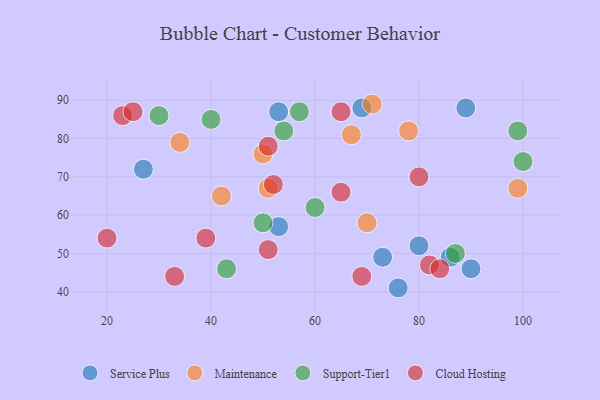
{"axis": {"x": "GDP", "y": "Life Expectancy"}, "legend": ["Cloud Hosting", "Maintenance", "Service Plus", "Support-Tier1"], "data": [{"x": "80", "y": 52, "type": "Service Plus"}, {"x": "90", "y": 46, "type": "Service Plus"}, {"x": "76", "y": 41, "type": "Service Plus"}, {"x": "53", "y": 57, "type": "Service Plus"}, {"x": "86", "y": 49, "type": "Service Plus"}, {"x": "27", "y": 72, "type": "Service Plus"}, {"x": "69", "y": 88, "type": "Service Plus"}, {"x": "53", "y": 87, "type": "Service Plus"}, {"x": "73", "y": 49, "type": "Service Plus"}, {"x": "89", "y": 88, "type": "Service Plus"}, {"x": "34", "y": 79, "type": "Maintenance"}, {"x": "99", "y": 67, "type": "Maintenance"}, {"x": "71", "y": 89, "type": "Maintenance"}, {"x": "67", "y": 81, "type": "Maintenance"}, {"x": "51", "y": 67, "type": "Maintenance"}, {"x": "42", "y": 65, "type": "Maintenance"}, {"x": "70", "y": 58, "type": "Maintenance"}, {"x": "78", "y": 82, "type": "Maintenance"}, {"x": "50", "y": 76, "type": "Maintenance"}, {"x": "100", "y": 74, "type": "Support-Tier1"}, {"x": "40", "y": 85, "type": "Support-Tier1"}, {"x": "87", "y": 50, "type": "Support-Tier1"}, {"x": "99", "y": 82, "type": "Support-Tier1"}, {"x": "50", "y": 58, "type": "Support-Tier1"}, {"x": "43", "y": 46, "type": "Support-Tier1"}, {"x": "60", "y": 62, "type": "Support-Tier1"}, {"x": "30", "y": 86, "type": "Support-Tier1"}, {"x": "54", "y": 82, "type": "Support-Tier1"}, {"x": "57", "y": 87, "type": "Support-Tier1"}, {"x": "20", "y": 54, "type": "Cloud Hosting"}, {"x": "65", "y": 66, "type": "Cloud Hosting"}, {"x": "23", "y": 86, "type": "Cloud Hosting"}, {"x": "65", "y": 87, "type": "Cloud Hosting"}, {"x": "80", "y": 70, "type": "Cloud Hosting"}, {"x": "51", "y": 51, "type": "Cloud Hosting"}, {"x": "51", "y": 78, "type": "Cloud Hosting"}, {"x": "39", "y": 54, "type": "Cloud Hosting"}, {"x": "82", "y": 47, "type": "Cloud Hosting"}, {"x": "33", "y": 44, "type": "Cloud Hosting"}, {"x": "52", "y": 68, "type": "Cloud Hosting"}, {"x": "84", "y": 46, "type": "Cloud Hosting"}, {"x": "25", "y": 87, "type": "Cloud Hosting"}, {"x": "69", "y": 44, "type": "Cloud Hosting"}]}